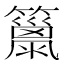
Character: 𥶢